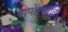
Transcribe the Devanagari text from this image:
समोरच्यांची